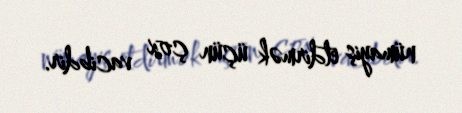
nümayiş etdirmək üçün çox vacibdir.